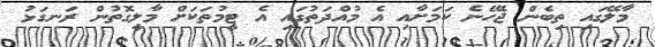
މާލޭގައި ތިބެން ޖެހޭނެ ކަމަށާއި އެ މުއްދަތުގައި އެ ޓީމުތަކަށް މާލީގޮތުން ރަނގަޅު